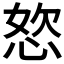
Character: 𭝆